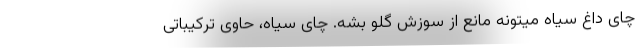
چای داغ سیاه میتونه مانع از سوزش گلو بشه. چای سیاه، حاوی ترکیباتی